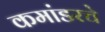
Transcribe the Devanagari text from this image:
कमांडरचे